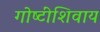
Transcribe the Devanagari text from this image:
गोष्‍टींशिवाय